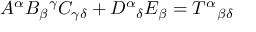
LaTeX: A ^ { \alpha } B _ { \beta } { } ^ { \gamma } C _ { \gamma \delta } + D ^ { \alpha } { } _ { \delta } E _ { \beta } = T ^ { \alpha } { } _ { \beta } { } _ { \delta }